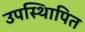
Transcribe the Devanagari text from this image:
उपस्थिापित